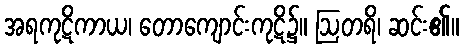
အရကုဋိကာယ၊ တောကျောင်းကုဋိ၌။ ဩတရိ၊ ဆင်း၏။